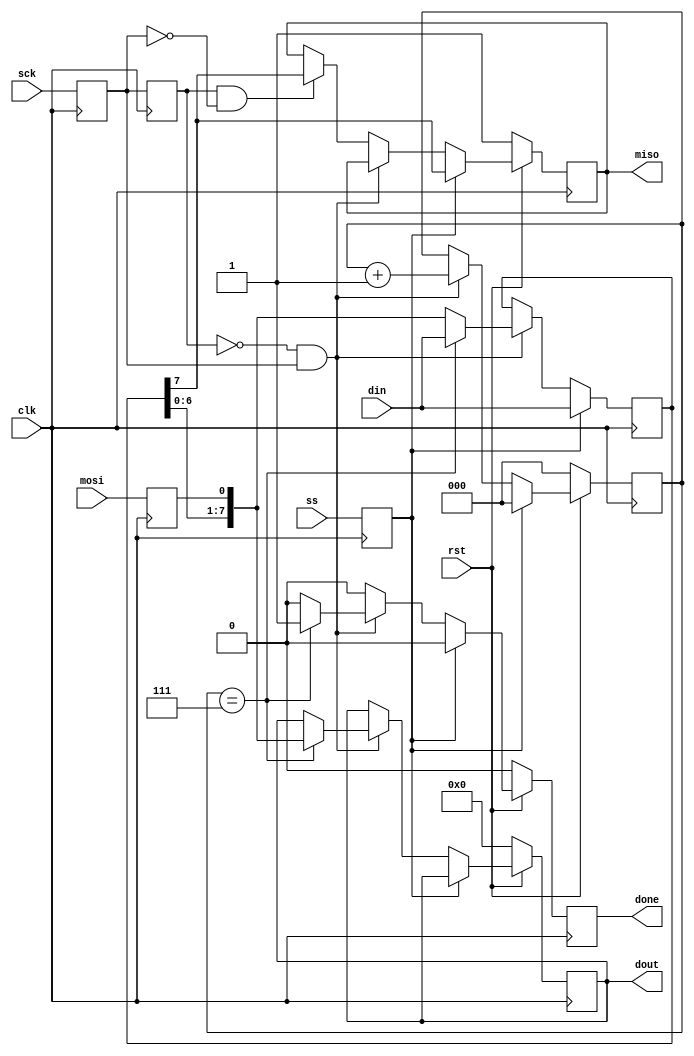
/*
 * Module Name: spi_slave.
 *
 * Description: Executes SPI communication.
 *
 * Inputs:
 *    clk - Main clock signal
 *    rst - Reset signal
 *    ss - Chip select signal
 *    mosi - Master out slave in signal
 *    sck - Communication clock signal
 *    din - Input byte data to be sent
 *
 * Outputs:
 *    miso - Master in slave out signal
 *    done - Signal that indicates when a SPI cycle is done (receiving or sending a byte)
 *    dout - Output byte data received
 *
 * Functionality:
 *    Performs SPI communication.
 *    When selected by the master (ss), it sends and receives a bit every sck cycle.
 *    When one byte is received and sent, the done signal is set.
 *    Source: https://alchitry.com/serial-peripheral-interface-spi-verilog (removed from the website?)
 */

module spi_slave(
    input clk,				//execution clock
    input rst,				//module reset
    input ss,				//chip select
    input mosi,				//master out slave in
    output miso,			//master in slave out
    input sck,				//communication clock
    output done,			//signal indicating transfer completed
    input [7:0] din,		//input data
    output [7:0] dout		//output data
);
 
	reg mosi_d, mosi_q;
	reg ss_d, ss_q;
	reg sck_d, sck_q;
	reg sck_old_d, sck_old_q;
	reg [7:0] data_d, data_q;
	reg done_d, done_q;
	reg [2:0] bit_ct_d, bit_ct_q;
	reg [7:0] dout_d, dout_q;
	reg miso_d, miso_q;

	assign miso = miso_q;
	assign done = done_q;
	assign dout = dout_q;
 
	always @(*) begin
		ss_d = ss;
		mosi_d = mosi;
		miso_d = miso_q;
		sck_d = sck;
		sck_old_d = sck_q;
		data_d = data_q;
		done_d = 1'b0;
		bit_ct_d = bit_ct_q;
		dout_d = dout_q;
	 
		if (ss_q) begin                           // if slave select is high (deselcted)
			bit_ct_d = 3'b0;                        // reset bit counter
			data_d = din;                           // read in data
			miso_d = data_q[7];                     // output MSB
		end
		else begin                            // else slave select is low (selected)
			if (!sck_old_q && sck_q) begin          // rising edge
				data_d = {data_q[6:0], mosi_q};       // read data in and shift
				bit_ct_d = bit_ct_q + 1'b1;           // increment the bit counter
				if (bit_ct_q == 3'b111) begin         // if we are on the last bit
					dout_d = {data_q[6:0], mosi_q};     // output the byte
					done_d = 1'b1;                      // set transfer done flag
					data_d = din;                       // read in new byte
				end
			end
			else if (sck_old_q && !sck_q) begin // falling edge
				miso_d = data_q[7];                   // output MSB
			end
		end
	end
	 
	always @(posedge clk) begin
		if (!rst) begin
			done_q <= 1'b0;
			bit_ct_q <= 3'b0;
			dout_q <= 8'b0;
			miso_q <= 1'b1;
		end
		else begin
			done_q <= done_d;
			bit_ct_q <= bit_ct_d;
			dout_q <= dout_d;
			miso_q <= miso_d;
		end

		sck_q <= sck_d;
		mosi_q <= mosi_d;
		ss_q <= ss_d;
		data_q <= data_d;
		sck_old_q <= sck_old_d;
	 
	end
 
endmodule